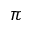
\pi